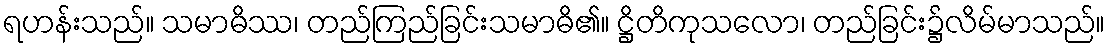
ရဟန်းသည်။ သမာဓိဿ၊ တည်ကြည်ခြင်းသမာဓိ၏။ ဋ္ဌိတိကုသလော၊ တည်ခြင်း၌လိမ်မာသည်။